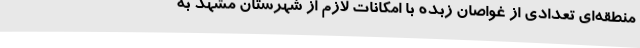
منطقه‌ای تعدادی از غواصان زبده با امکانات لازم از شهرستان مشهد به